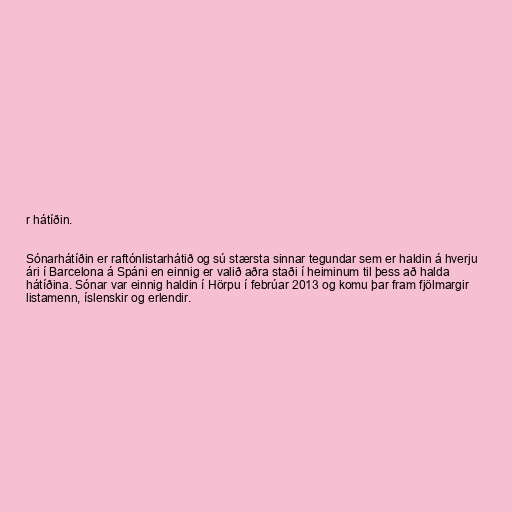
r hátíðin.

Sónarhátíðin er raftónlistarhátið og sú stærsta sinnar tegundar sem er haldin á hverju
ári í Barcelona á Spáni en einnig er valið aðra staði í heiminum til þess að halda
hátíðina. Sónar var einnig haldin í Hörpu í febrúar 2013 og komu þar fram fjölmargir
listamenn, íslenskir og erlendir.